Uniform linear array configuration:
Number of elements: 4
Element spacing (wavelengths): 0.75
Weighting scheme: hamming
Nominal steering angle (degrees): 30
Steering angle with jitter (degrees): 28.167
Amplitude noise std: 0.05
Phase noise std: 0.05

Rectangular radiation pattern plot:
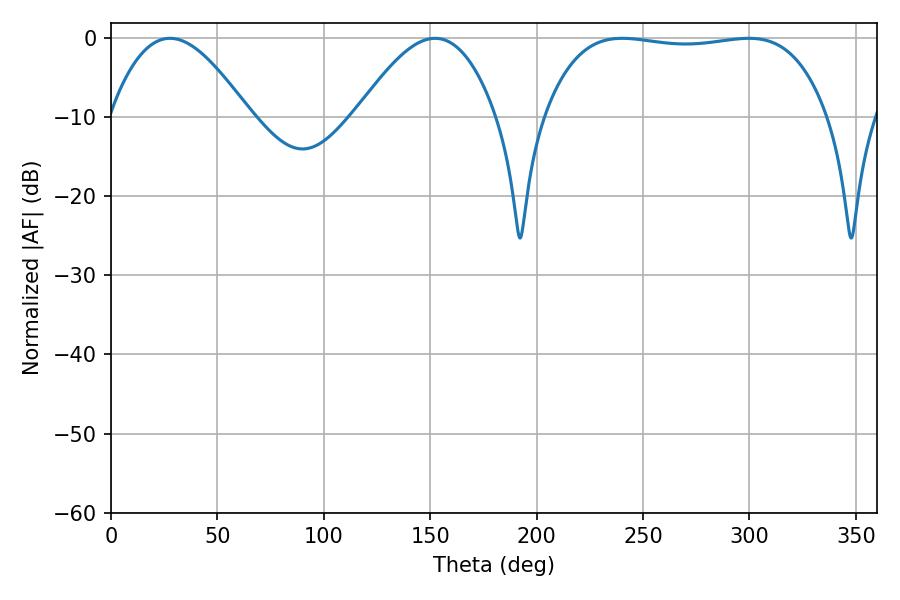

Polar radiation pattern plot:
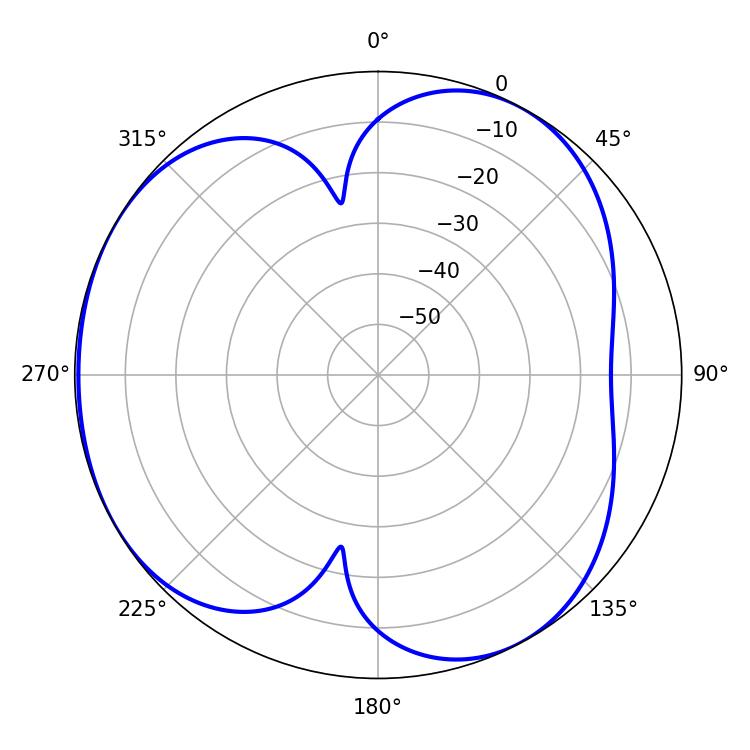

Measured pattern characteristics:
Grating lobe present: TRUE
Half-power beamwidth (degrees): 35.46
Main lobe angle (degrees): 27.72